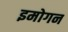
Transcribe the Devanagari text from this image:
इमोगन